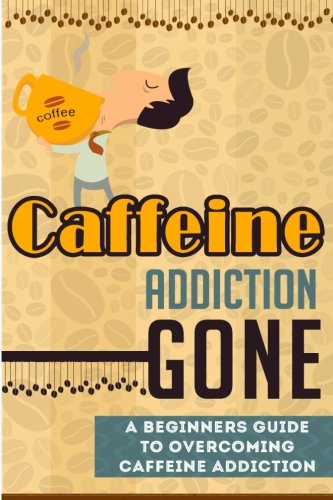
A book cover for Caffeine Addiction Gone - A Beginners Guide to Overcoming Caffeine Addiction (Caffeine Addiction Guide, Caffeine Addiction, Overcoming Caffeine Addiction); Janelle Watkinson; Health, Fitness & Dieting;